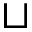
\sqcup